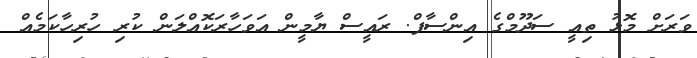
ވަރަށް މޮޅު ތިއީ ސަދޫމްގެ އިންސާފް. ރައީސް ޔާމީން އަވަހާރަކޮއްލަން ކުރި ހުރިހާކަމެއް